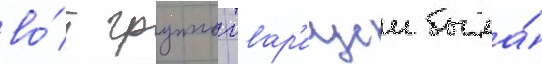
во́т группои товар'ищеи была́